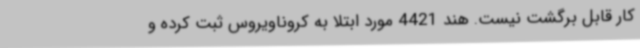
کار قابل برگشت نیست. هند 4421 مورد ابتلا به کروناویروس ثبت کرده و